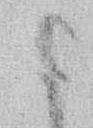
ま